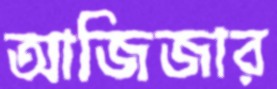
আজিজার